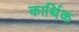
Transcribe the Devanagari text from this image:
कार्थिक